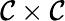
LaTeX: {\mathcal{C}}\times{\mathcal{C}}